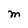
Character: M